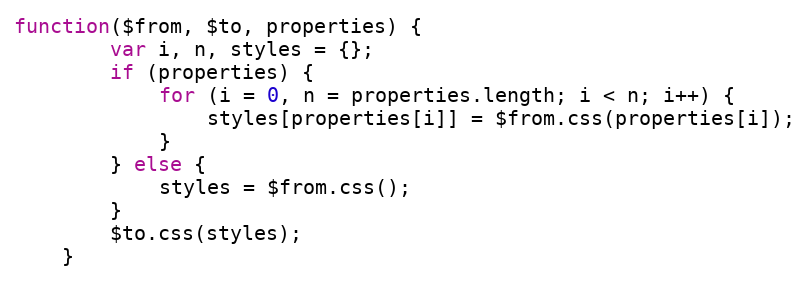
Language: JavaScript
function($from, $to, properties) {
		var i, n, styles = {};
		if (properties) {
			for (i = 0, n = properties.length; i < n; i++) {
				styles[properties[i]] = $from.css(properties[i]);
			}
		} else {
			styles = $from.css();
		}
		$to.css(styles);
	}